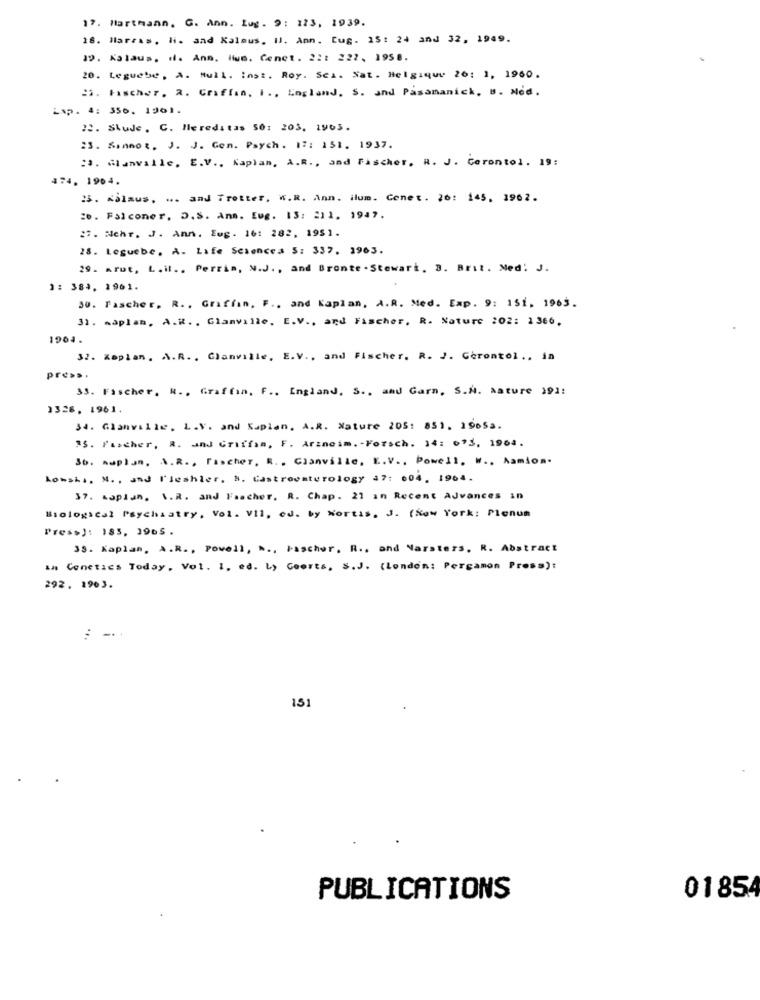
17. Hartmann, G. Ann. Lug. 9: 123, 1939.
18. Marras, Hi. and Kalous, Il. Ann. Cug. 15: 24 and 32, 1949.
19. Kalaus. H. Ann. Hun. Cenet. 22: 222, 1958.
20. Leguebe, A. Mull. inst. Roy. Sci. Nat. Helgique 26: 1, 1960.
2. Fischer, a. Griffin, 1 ., England. S. and Pasananick. B. Med.
Lap. 4: 356. 1901.
22. Skude, C. Hereditas 50: 203, 1963.
:S. Sannor. J. J. Gen. Psych. 12: 151. 1937.
:J. Gianvalle, E.V ., Kaplan, A.R ., and fischer. R. J. Gerontol. 19:
174, 1904.
25. Kalaus. ... and Tretter, W.R. Ann. ilum. Conet. 26: 145. 1962.
20. Falconer. D.S. Anm. Eug. 13: 211. 1947.
2. Mehr. J. Ann. Eug. 16: 282. 1951.
28. Leguebe, A. Life Sciences 5: 337. 1963.
29. arut, L. il .. Perris, N.J ., and Bronte .Stewart, 3. Brit. Med: J.
1: 384. 1961.
30. Fascher. R ., Griffin, F ., and Kaplan, A.A. Med. Exp. 9: 151, 1963.
31. Asplan. A.R ., Glanville, E.V ., and Fischer, R. Nature 202: 1366.
1964.
32. Kaplan, A.R ., Glanville, E.V ., and Fischer. R. J. Gerontol ., in
press.
33. Fischer, R ., Graffin, F ., England, S ., and Garn, S.A. sature 191:
1326. 1961.
34. Glanville, L.V. and Kaplan, A.R. Nature 205: 851. 1965a.
"S. Fischer, R. and Griffin, F. Arzneim .- Forsch. 14: 6'3. 1964.
36. maplan, A.R ., Fischer. R .. Clanville, E.V ., Powell, W ., Aamion-
Lonshl, M. , and Fleshler, M. Castrovaturology 37: 004. 1904.
37. kaplan, S. R. and Fascher. R. Chap. 21 in Recent Advances in
Biological Psychiatry, Vol. Vil, ed. by Nortis. J. (New York: Plenum
Press): 183, 3965 .
33. Kaplan, A.R ., Powell, » ., Pascher. R ., and Narsters. R. Abstract
in Conetics Today, Vol. 1. ed. Ly Geerts, S.J. (London: Pergamon Press):
292. 1963.
: -
...
15
PUBLICATIONS
0185